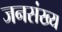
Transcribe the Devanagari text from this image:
जनसंख्य